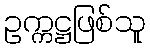
ဥက္ကဋ္ဌဖြစ်သူ